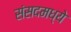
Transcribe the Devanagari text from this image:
संसदमध्ये